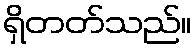
ရှိတတ်သည်။